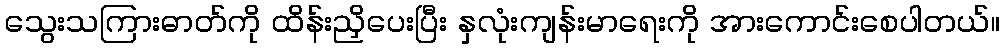
သွေးသကြားဓာတ်ကို ထိန်းညှိပေးပြီး နှလုံးကျန်းမာရေးကို အားကောင်းစေပါတယ်။